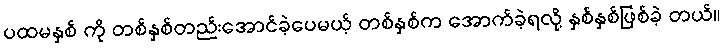
ပထမနှစ် ကို တစ်နှစ်တည်းအောင်ခဲ့ပေမယ့် တစ်နှစ်က အောက်ခဲ့ရလို့ နှစ်နှစ်ဖြစ်ခဲ့ တယ်။